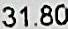
31.80